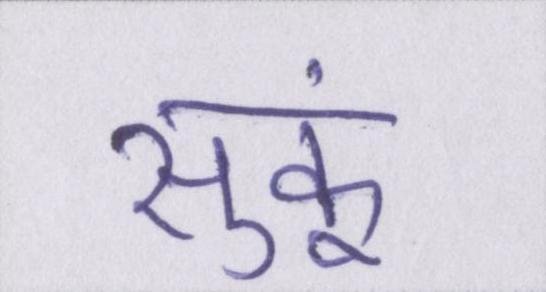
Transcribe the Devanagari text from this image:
सुकूं